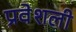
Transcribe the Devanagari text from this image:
प्रवेशली